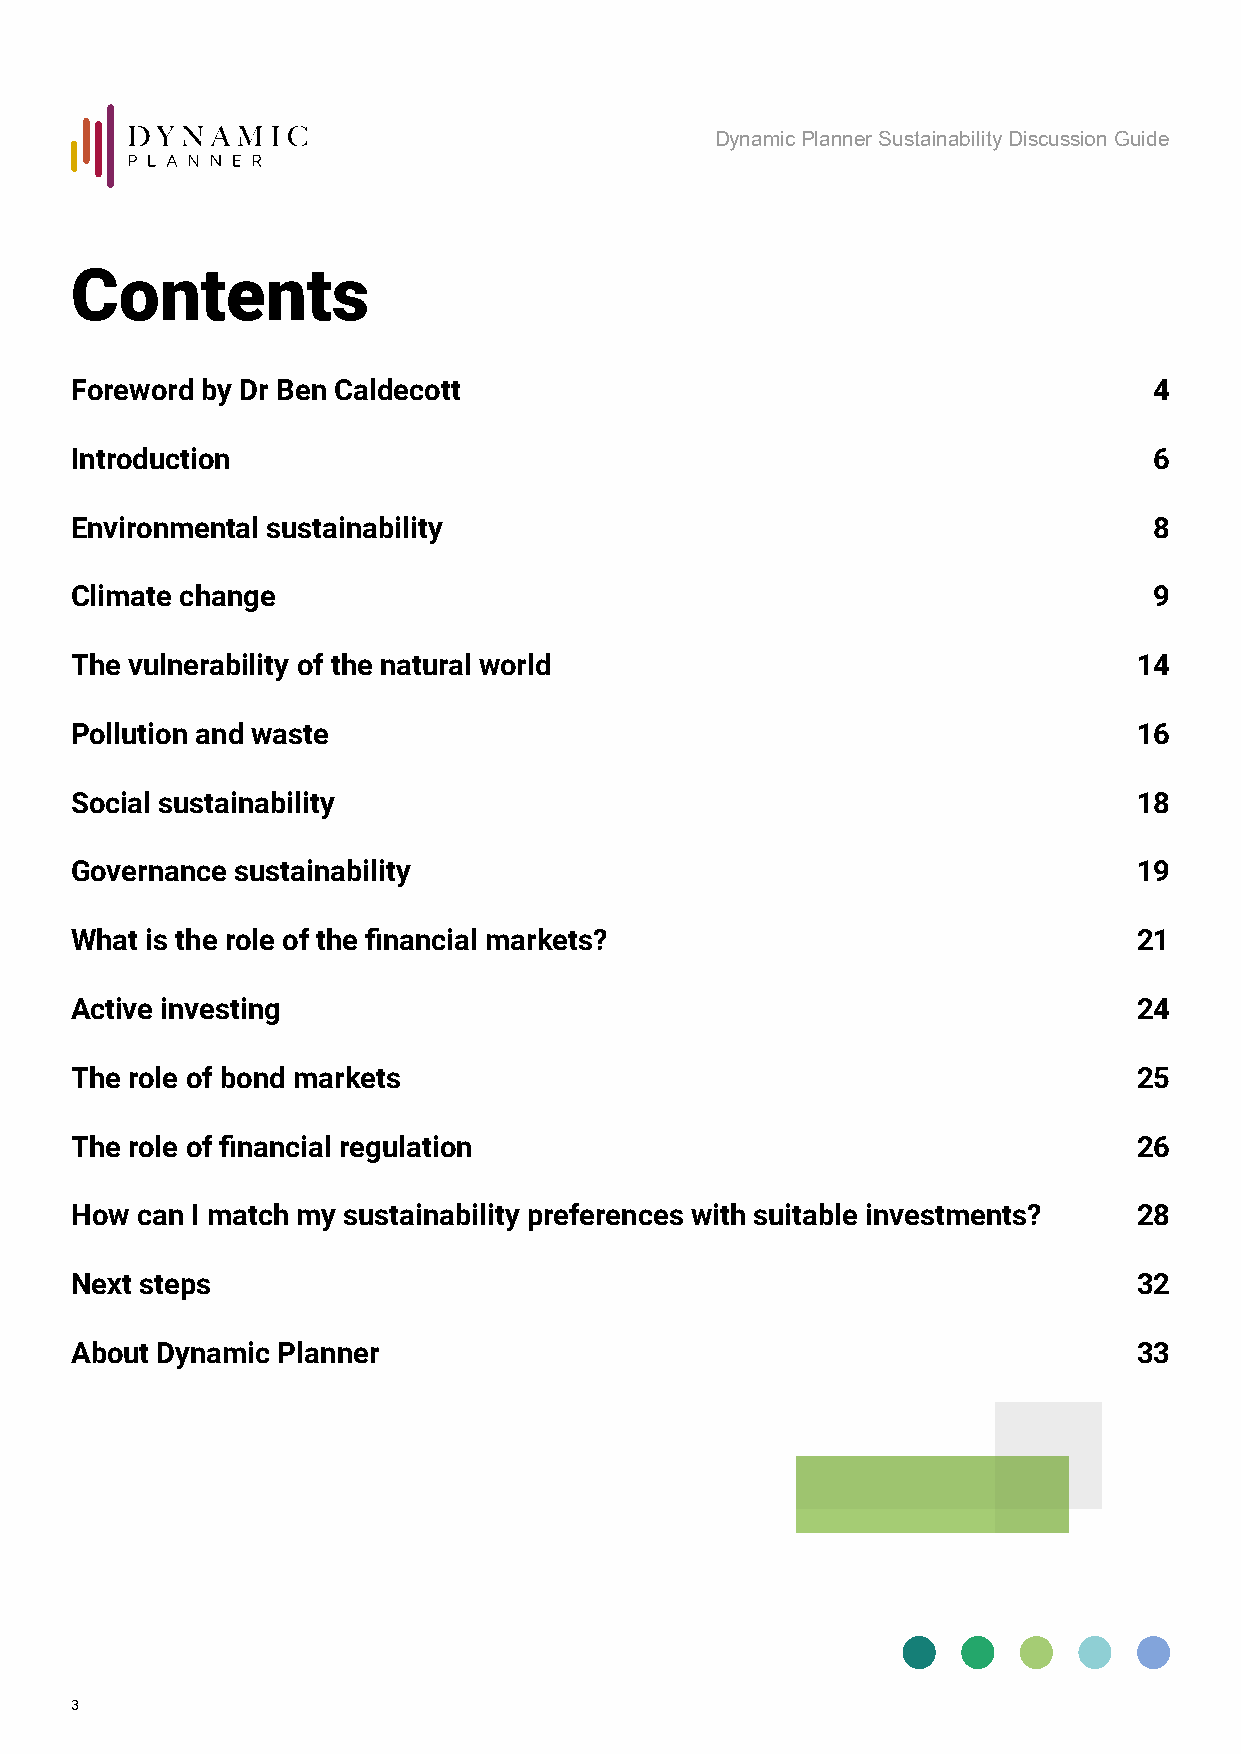
Dynamic Planner Sustainability Discussion Guide
 Contents
 Foreword by Dr Ben Caldecott                                           4
 Introduction                                                           6
 Environmental sustainability                                           8
 Climate change                                                         9
 The vulnerability of the natural world                                14
 Pollution and waste                                                   16
 Social sustainability                                                 18
 Governance sustainability                                             19
 What is the role of the financial markets?                            21
 Active investing                                                      24
 The role of bond markets                                              25
 The role of financial regulation                                      26
 How can I match my sustainability preferences with suitable investments? 28
 Next steps                                                            32
 About Dynamic Planner                                                 33
 3